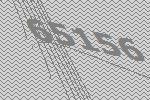
65156